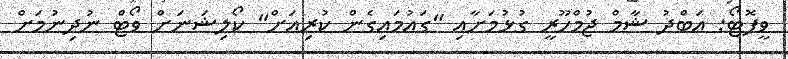
ވީފޮޓޯ: އަބްދު ޝާމް ޖުމްހޫރީ ގުޅުމަށާއި "ގައުމައިގެން ކުރިއަށް" ކޯލިޝަނަށް ވޯޓް ނުދިނުމަށް